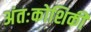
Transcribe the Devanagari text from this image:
अंतःकोशिकी